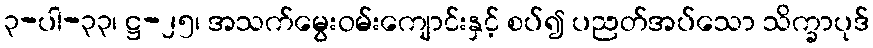
၃-ပါ-၃၃၊ ဋ္ဌ-၂၅၊ အသက်မွေးဝမ်းကျောင်းနှင့် စပ်၍ ပညတ်အပ်သော သိက္ခာပုဒ်